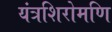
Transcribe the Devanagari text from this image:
यंत्रशिरोमणि